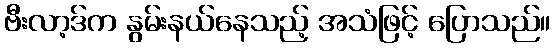
ဗီးလာ့ဒ်က နွမ်းနယ်နေသည့် အသံဖြင့် ပြောသည်။